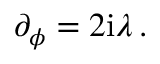
\partial _ { \phi } = 2 \mathrm { i } \lambda \, .